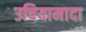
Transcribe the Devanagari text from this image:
उचियामादा